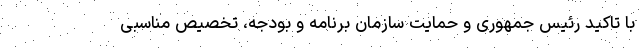
با تاکید رئیس جمهوری و حمایت سازمان برنامه و بودجه، تخصیص مناسبی